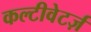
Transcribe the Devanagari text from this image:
कल्टीवेटर्ज़